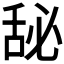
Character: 𰯾